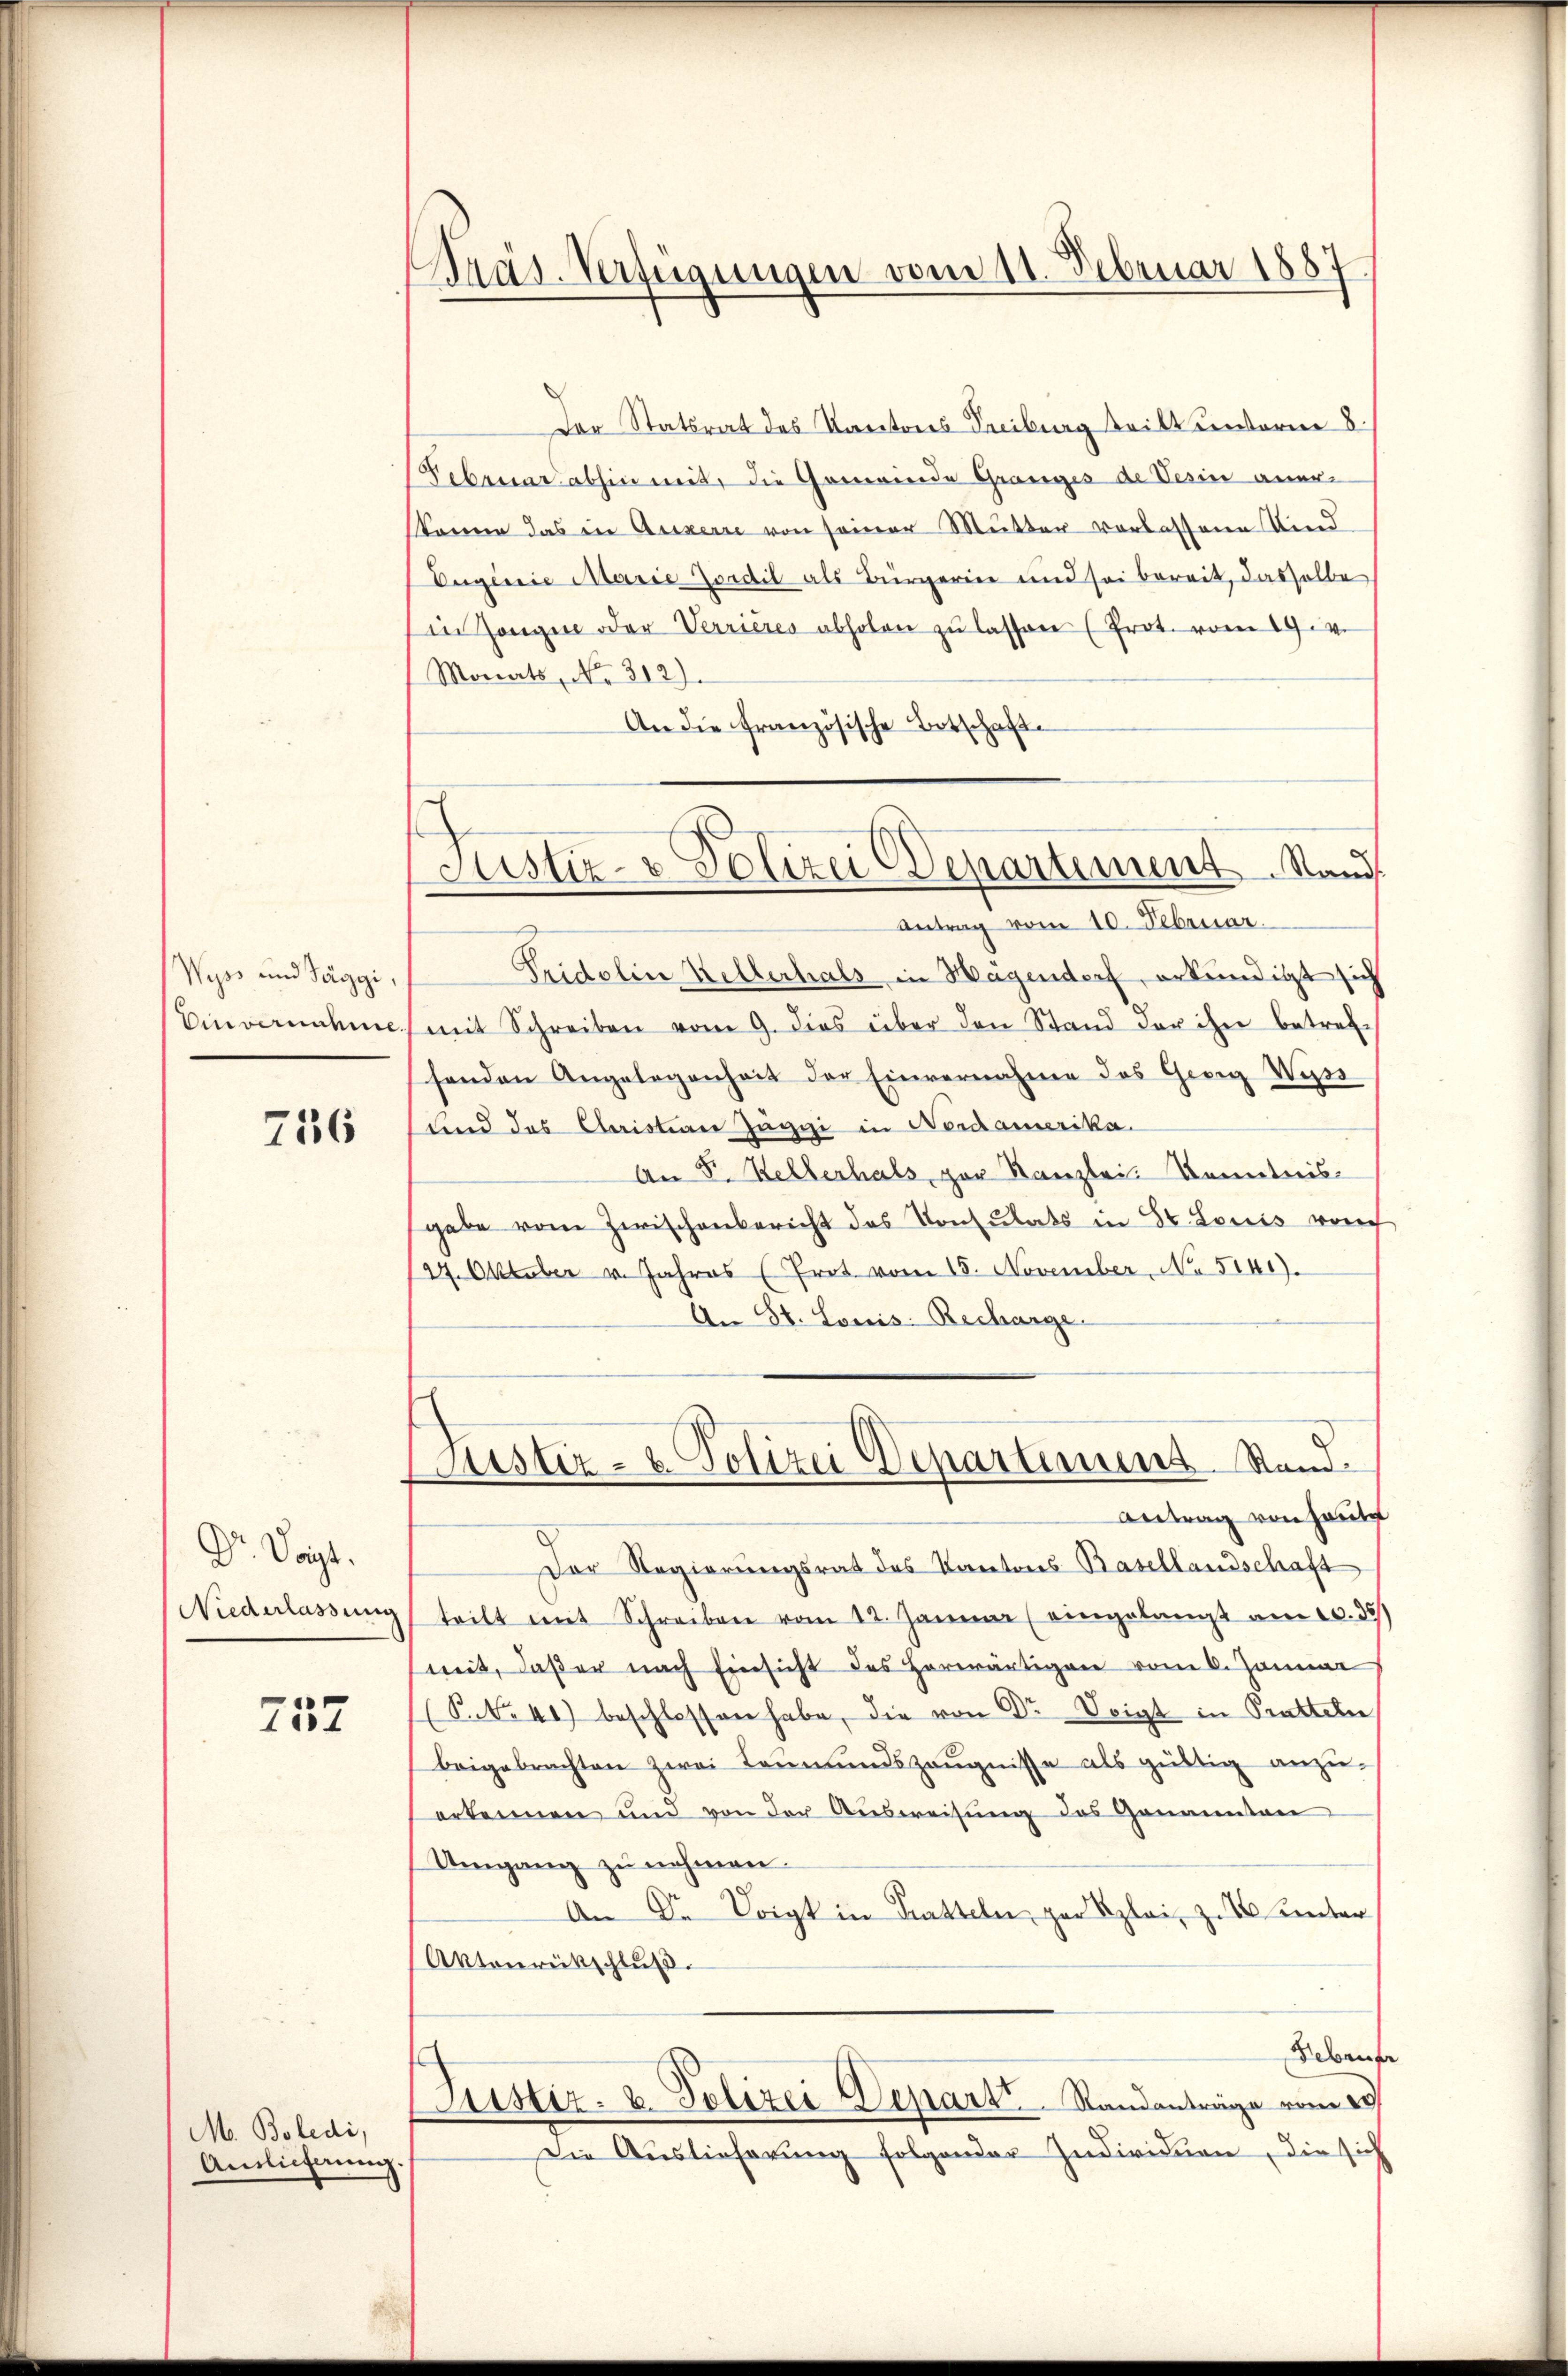
Wyss und Taggi,
Einvernahme.

716

Dr. Voigt.
Niederlassung

757

M. Boledi,
Auslieferung.

Präs. Verfügungen vom 11. Februar 1887

Justiz- & Polizei Departement Rand

Der Statsrat des Kantons Freiburg tritt unterm 8.
Februar abhin mit, die Gemeinde Granges de Vesin anerkönne das in Auxerre von seiner Mutter verlassene Und
Eugenie Marie Godil als Bürgerin und sei bereit, dasselbe
in Gangen oder Verrieres abholen zŭ lassen (Prot. vom 19. v.
Monats, No. 312).
An die französische Botschaft.
Antrag vom 10. Februar.
Tridelin Kellerhals in Hagendorf, erkundigt sich
mit Schreiben vom 9. dies über den Stand der ihn betref-
senden Angelegenheit der Einvernahme des Georg Wiss
und das Christian Zuggi in Nordamerika.
An F. Hellerhals, par Kanzlei Kenntnis-
gabe vom Zwischenbericht des Konsulats in Dr. Louis vorh
24. Oktober v. Jahres (Prot. vom 15. November, No 5141).
An St. Louis: Becharge.
Justiz- & Polizei Departement. Stand¬
Antrag von Haut
Der Regierungsrat des Kantons Basellandschaft
teilt mit Schreiben vom 12. Januar (eingelangt am 10. 35
weit, daß er nach Einsicht des herwärtigen vom 6. Januar
P. Nr. 41) beschlossen habe, die von Dr Voigt in Pratteln,
beigebrachten zwei Leumundszeugnisse als gültig anzu-
erkennen und von der Aŭsweisung des Genannten
Umgang zŭ nehmen.
.
An Dr Voigt in hatteln, zur Sploi, zu unter
Aktonrückschlŭβ
Hebruar
Justiz- & Polizei Depart. Standanträge vom 23.
Die Auslieferung folgender Individuen, die sich